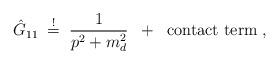
LaTeX: \begin{align*}\hat{G}_{11} \; \stackrel{!}{=} \; \frac{1}{p^2 + m_d^2}\; \; + \; \; \mbox{contact term} \; ,\end{align*}